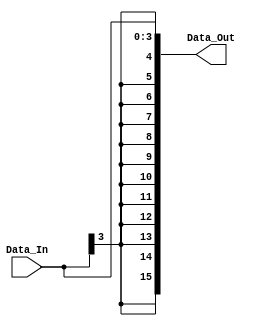
`timescale 1ns / 1ps
//////////////////////////////////////////////////////////////////////////////////
// Module Name: SignExtend_4to16
// ECE425L LAB #4
// Purpose: Sign extend 4bit number to 16 bit number
//////////////////////////////////////////////////////////////////////////////////

//                      (Rd[4b] , SignExtendedRd[16b])
module SignExtend_4to16(Data_In, Data_Out);
    input signed [3:0] Data_In;
    output signed [15:0] Data_Out;
    
    // Implicitly sign extendeds
    assign Data_Out = Data_In;

endmodule